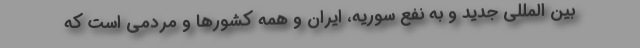
بین المللی جدید و به نفع سوریه، ایران و همه کشورها و مردمی است که